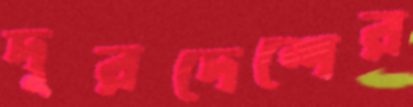
দূরদেশের